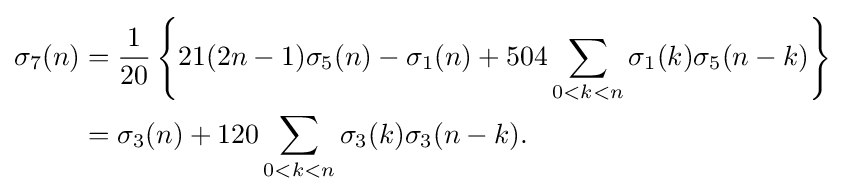
{\begin{aligned}\sigma _{7}(n)&={\frac {1}{20}}\left\{21(2n-1)\sigma _{5}(n)-\sigma _{1}(n)+504\sum _{0<k<n}\sigma _{1}(k)\sigma _{5}(n-k)\right\}\\&=\sigma _{3}(n)+120\sum _{0<k<n}\sigma _{3}(k)\sigma _{3}(n-k).\end{aligned}}